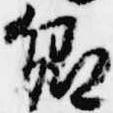
郷